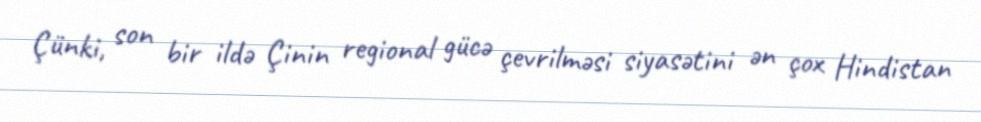
Çünki, son bir ildə Çinin regional gücə çevrilməsi siyasətini ən çox Hindistan